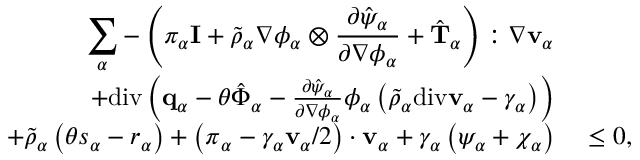
\begin{array} { r l } { \displaystyle \sum _ { \alpha } - \left( \pi _ { \alpha } \mathbf { I } + \tilde { \rho } _ { \alpha } \nabla \phi _ { \alpha } \otimes \frac { \partial \hat { \psi } _ { \alpha } } { \partial \nabla \phi _ { \alpha } } + \hat { \mathbf { T } } _ { \alpha } \right) : \nabla \mathbf { v } _ { \alpha } } & { } \\ { + \mathrm { d i v } \left( \mathbf { q } _ { \alpha } - \theta \hat { \boldsymbol { \Phi } } _ { \alpha } - \frac { \partial \hat { \psi } _ { \alpha } } { \partial \nabla \phi _ { \alpha } } \phi _ { \alpha } \left( \tilde { \rho } _ { \alpha } \mathrm { d i v } \mathbf { v } _ { \alpha } - \gamma _ { \alpha } \right) \right) } & { } \\ { + \tilde { \rho } _ { \alpha } \left( \theta s _ { \alpha } - r _ { \alpha } \right) + \left( \boldsymbol { \pi } _ { \alpha } - \gamma _ { \alpha } \mathbf { v } _ { \alpha } / 2 \right) \cdot \mathbf { v } _ { \alpha } + \gamma _ { \alpha } \left( \psi _ { \alpha } + \chi _ { \alpha } \right) } & { ~ \leq 0 , } \end{array}